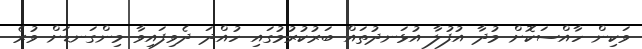
ވަކިން ހާއްސަކޮށް މުދާ އުފުލާ އުޅަނދުތައް ބަރުކުރުމުގައި ހުއްދަ ދެވިފައިވާ މިންގަނޑަށް ވުރެ